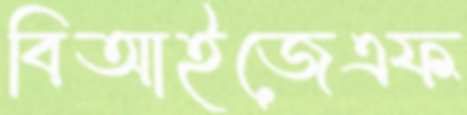
বিআইজেএফ